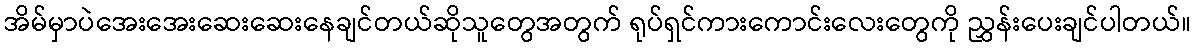
အိမ်မှာပဲအေးအေးဆေးဆေးနေချင်တယ်ဆိုသူတွေအတွက် ရုပ်ရှင်ကားကောင်းလေးတွေကို ညွှန်းပေးချင်ပါတယ်။